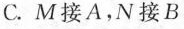
C.M接A，N接B